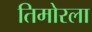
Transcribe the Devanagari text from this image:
तिमोरला